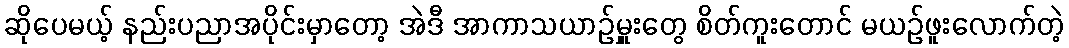
ဆိုပေမယ့် နည်းပညာအပိုင်းမှာတော့ အဲဒီ အာကာသယာဉ်မှူးတွေ စိတ်ကူးတောင် မယဉ်ဖူးလောက်တဲ့